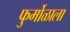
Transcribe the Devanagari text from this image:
फुर्मोळाला